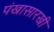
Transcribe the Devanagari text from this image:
पंखासारखी